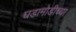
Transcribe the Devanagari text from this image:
घडामोडीच्या